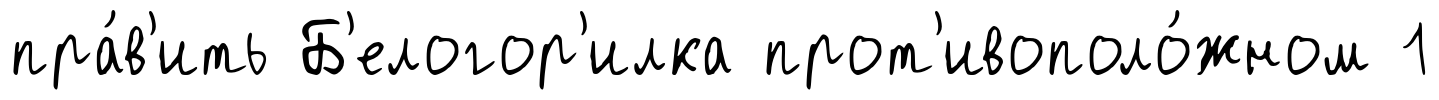
пра́в'ить Б'елогор'илка прот'ивополо́жном 1